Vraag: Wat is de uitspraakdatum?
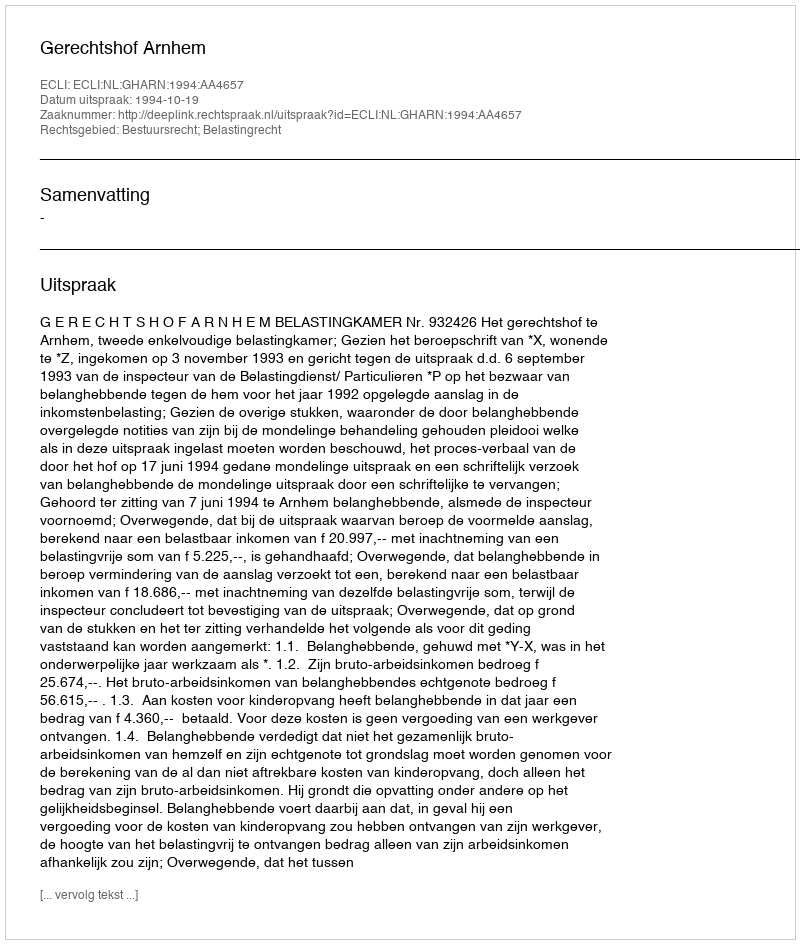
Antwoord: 1994-10-19